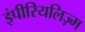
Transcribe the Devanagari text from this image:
इंपीरियलिज़्म